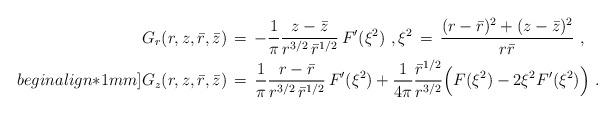
LaTeX: \begin{align*} G_r(r,z,\bar r,\bar z) \,&=\, -\frac{1}{\pi}\frac{z-\bar z}{r^{3/2} \,\bar r^{1/2}}\,F'(\xi^2)~, \xi^2 \,=\, \frac{(r-\bar r)^2 + (z-\bar z)^2}{r\bar r}~, \\begin{align*}1mm] G_z(r,z,\bar r,\bar z) \,&=\, \frac{1}{\pi}\frac{r-\bar r}{r^{3/2} \,\bar r^{1/2}} \,F'(\xi^2) + \frac{1}{4\pi}\frac{\bar r^{1/2}}{r^{3/2}} \Bigl(F(\xi^2) - 2\xi^2 F'(\xi^2)\Bigr)~.\end{align*}